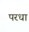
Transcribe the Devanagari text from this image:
परधा